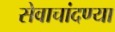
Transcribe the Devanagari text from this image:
सेवाचांदण्या